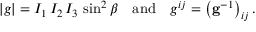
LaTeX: | g | = I _ { 1 } \, I _ { 2 } \, I _ { 3 } \, \sin ^ { 2 } \beta \quad { \mathrm { a n d } } \quad g ^ { i j } = \left( \mathbf { g } ^ { - 1 } \right) _ { i j } .